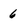
Character: 6